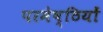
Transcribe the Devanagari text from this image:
परमेष्ठियों